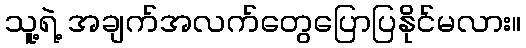
သူ့ရဲ့ အချက်အလက်တွေပြောပြနိုင်မလား။